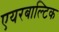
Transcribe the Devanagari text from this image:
एयरबाल्टिक